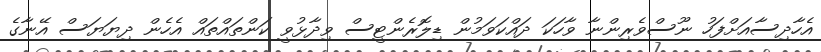
އެހާދިސާއަށްފަހު ނޫސްވެރިންނާ ވާހަކަ ދައްކަވަމުން ޑިލޮރެންޓީސް ވިދާޅުވީ ކަންތައްތައް އެހެން ދިޔަޔަސް އޭނާގެ